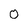
Character: 0